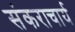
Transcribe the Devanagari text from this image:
संकराचार्य